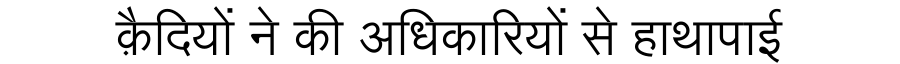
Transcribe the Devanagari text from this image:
क़ैदियों ने की अधिकारियों से हाथापाई